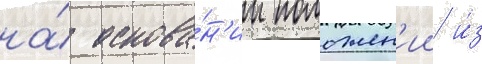
на́ основа́н'ии положен'ии и́з